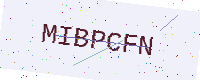
Text: MIBPCFN